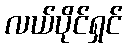
လယ်ပိုင်ရှင်